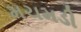
મચમડી